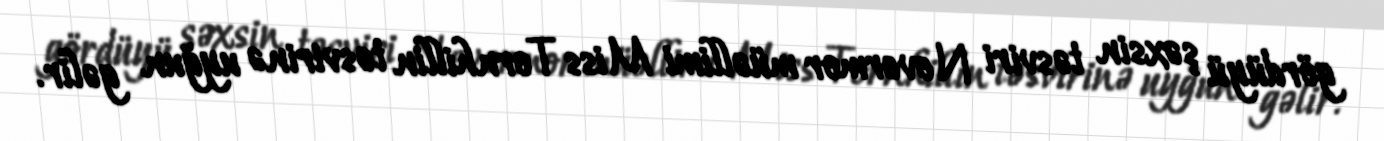
gördüyü şəxsin təsviri Nevermor müəllimi Miss Tornhillin təsvirinə uyğun gəlir.